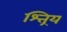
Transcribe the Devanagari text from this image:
श्त्रिय